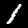
Digit: 1